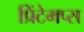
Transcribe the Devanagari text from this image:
प्रिंटेमप्स